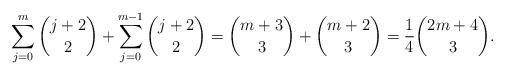
LaTeX: \begin{align*} \sum_{j=0}^m \binom{j+2}2 + \sum_{j=0}^{m-1} \binom{j+2}2 = \binom{m+3}3+\binom{m+2}3 = \frac14\binom{2m+4}3. \end{align*}